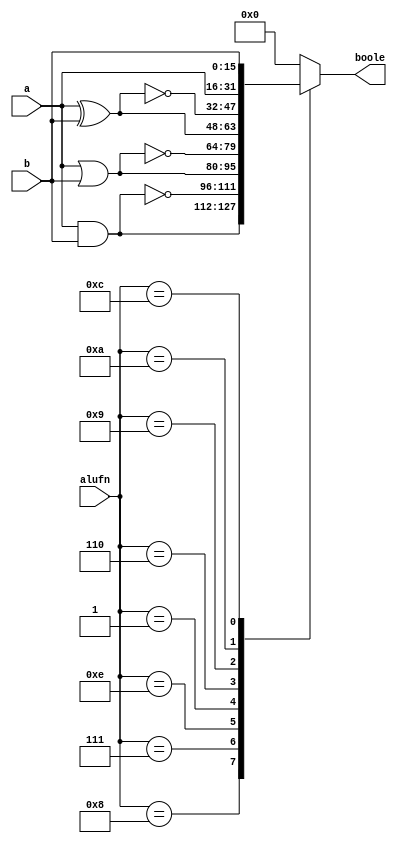
/*
   This file was generated automatically by the Mojo IDE version B1.3.6.
   Do not edit this file directly. Instead edit the original Lucid source.
   This is a temporary file and any changes made to it will be destroyed.
*/

module boolean_16 (
    input [15:0] a,
    input [15:0] b,
    input [3:0] alufn,
    output reg [15:0] boole
  );
  
  
  
  always @* begin
    
    case (alufn)
      4'h8: begin
        boole = a & b;
      end
      4'h7: begin
        boole = ~(a & b);
      end
      4'he: begin
        boole = a | b;
      end
      4'h1: begin
        boole = ~(a | b);
      end
      4'h6: begin
        boole = a ^ b;
      end
      4'h9: begin
        boole = ~(a ^ b);
      end
      4'ha: begin
        boole = a;
      end
      4'hc: begin
        boole = b;
      end
      default: begin
        boole = 16'h0000;
      end
    endcase
  end
endmodule